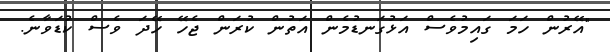
"އޭރުން ހަމަ ގައިމުވެސް އަޅުގަނޑުމެން އަތުން ކުރަން ޖެހޭ ހޭދަ ވެސް ކުޑަވާނެ.